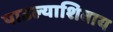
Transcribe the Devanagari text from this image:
पाडल्याशिवाय